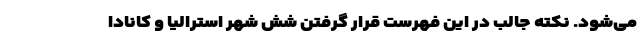
می‌شود. نکته جالب در این فهرست قرار گرفتن شش شهر استرالیا و کانادا